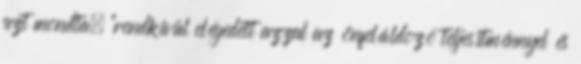
azt mondta, "rendkívül elégedett azzal az önfeláldozó teljesítménnyel és